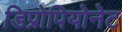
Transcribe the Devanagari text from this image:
डिप्रोपियोनेट